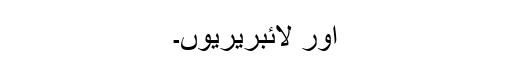
اور لائبریریوں۔